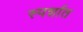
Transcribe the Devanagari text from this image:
स्पर्शात